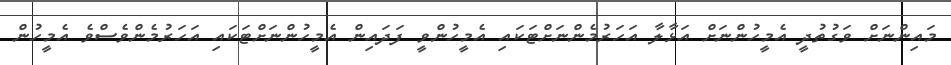
މައިންނަށް ވަގުތުދީ އެމީހުންނަށް އަޅާލާ އަހަރުމެންނަށްޓަކައި އެމީހުންވީ ފަދައިން އެމީހުންނަށްޓަކައި އަހަރުމެންވެސްވެ އެމީހުން